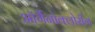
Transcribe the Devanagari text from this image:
ऑर्गैनोक्लोरीन